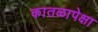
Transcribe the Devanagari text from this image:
कातळापेक्षा